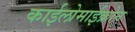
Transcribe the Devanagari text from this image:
काईलोमाईक्रोन